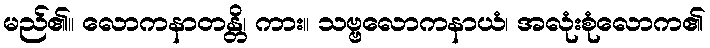
မည်၏။ လောကနာတန္တိ၊ ကား။ သဗ္ဗလောကနာယံ၊ အလုံးစုံလောက၏